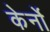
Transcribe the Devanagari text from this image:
केर्नो